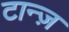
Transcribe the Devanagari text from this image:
टान्ज़